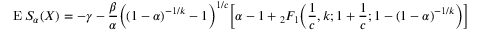
\operatorname { E } S _ { \alpha } ( X ) = - \gamma - { \frac { \beta } { \alpha } } { \Big ( } ( 1 - \alpha ) ^ { - 1 / k } - 1 { \Big ) } ^ { 1 / c } { \Big [ } \alpha - 1 + { _ { 2 } F _ { 1 } } { \Big ( } { \frac { 1 } { c } } , k ; 1 + { \frac { 1 } { c } } ; 1 - ( 1 - \alpha ) ^ { - 1 / k } { \Big ) } { \Big ] }